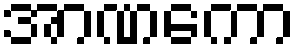
အာဏကော